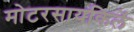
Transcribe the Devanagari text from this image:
मोटरसायकिलें